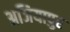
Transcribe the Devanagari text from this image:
अजियापुर